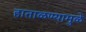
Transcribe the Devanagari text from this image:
हाताळण्यामुळे